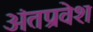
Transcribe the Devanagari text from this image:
अंतप्रवेश